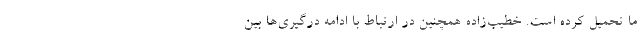
ما تحمیل کرده است. خطیب‌زاده همچنین در ارتباط با ادامه درگیری‌ها بین